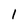
Character: 1